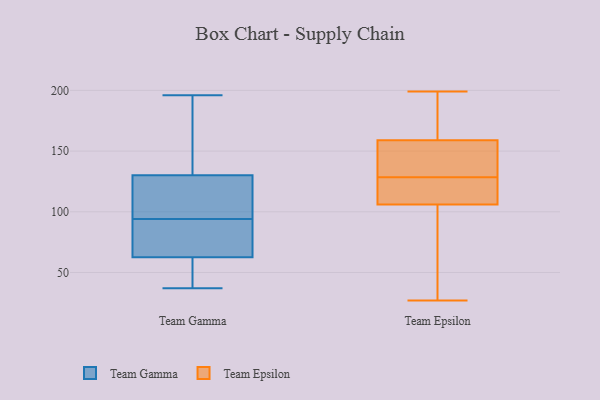
{"axis": {"x": "Customer Acquisition Cost (USD)", "y": "Value"}, "legend": ["Team Epsilon", "Team Gamma"], "data": [{"x": "", "y": 71, "type": "Team Gamma"}, {"x": "", "y": 89, "type": "Team Gamma"}, {"x": "", "y": 168, "type": "Team Gamma"}, {"x": "", "y": 124, "type": "Team Gamma"}, {"x": "", "y": 47, "type": "Team Gamma"}, {"x": "", "y": 99, "type": "Team Gamma"}, {"x": "", "y": 78, "type": "Team Gamma"}, {"x": "", "y": 37, "type": "Team Gamma"}, {"x": "", "y": 57, "type": "Team Gamma"}, {"x": "", "y": 147, "type": "Team Gamma"}, {"x": "", "y": 136, "type": "Team Gamma"}, {"x": "", "y": 115, "type": "Team Gamma"}, {"x": "", "y": 85, "type": "Team Gamma"}, {"x": "", "y": 181, "type": "Team Gamma"}, {"x": "", "y": 57, "type": "Team Gamma"}, {"x": "", "y": 42, "type": "Team Gamma"}, {"x": "", "y": 68, "type": "Team Gamma"}, {"x": "", "y": 196, "type": "Team Gamma"}, {"x": "", "y": 123, "type": "Team Gamma"}, {"x": "", "y": 108, "type": "Team Gamma"}, {"x": "", "y": 106, "type": "Team Epsilon"}, {"x": "", "y": 172, "type": "Team Epsilon"}, {"x": "", "y": 27, "type": "Team Epsilon"}, {"x": "", "y": 137, "type": "Team Epsilon"}, {"x": "", "y": 159, "type": "Team Epsilon"}, {"x": "", "y": 93, "type": "Team Epsilon"}, {"x": "", "y": 185, "type": "Team Epsilon"}, {"x": "", "y": 36, "type": "Team Epsilon"}, {"x": "", "y": 110, "type": "Team Epsilon"}, {"x": "", "y": 199, "type": "Team Epsilon"}, {"x": "", "y": 77, "type": "Team Epsilon"}, {"x": "", "y": 127, "type": "Team Epsilon"}, {"x": "", "y": 130, "type": "Team Epsilon"}, {"x": "", "y": 116, "type": "Team Epsilon"}, {"x": "", "y": 120, "type": "Team Epsilon"}, {"x": "", "y": 196, "type": "Team Epsilon"}, {"x": "", "y": 136, "type": "Team Epsilon"}, {"x": "", "y": 145, "type": "Team Epsilon"}]}